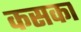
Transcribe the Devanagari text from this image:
कसका